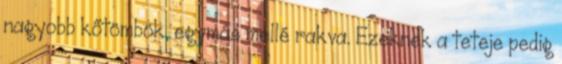
nagyobb kőtömbök, egymás mellé rakva. Ezeknek a teteje pedig